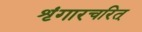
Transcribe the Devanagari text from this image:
शृंगारचरित्